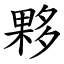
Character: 夥